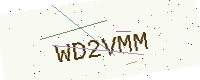
Text: WD2VMM